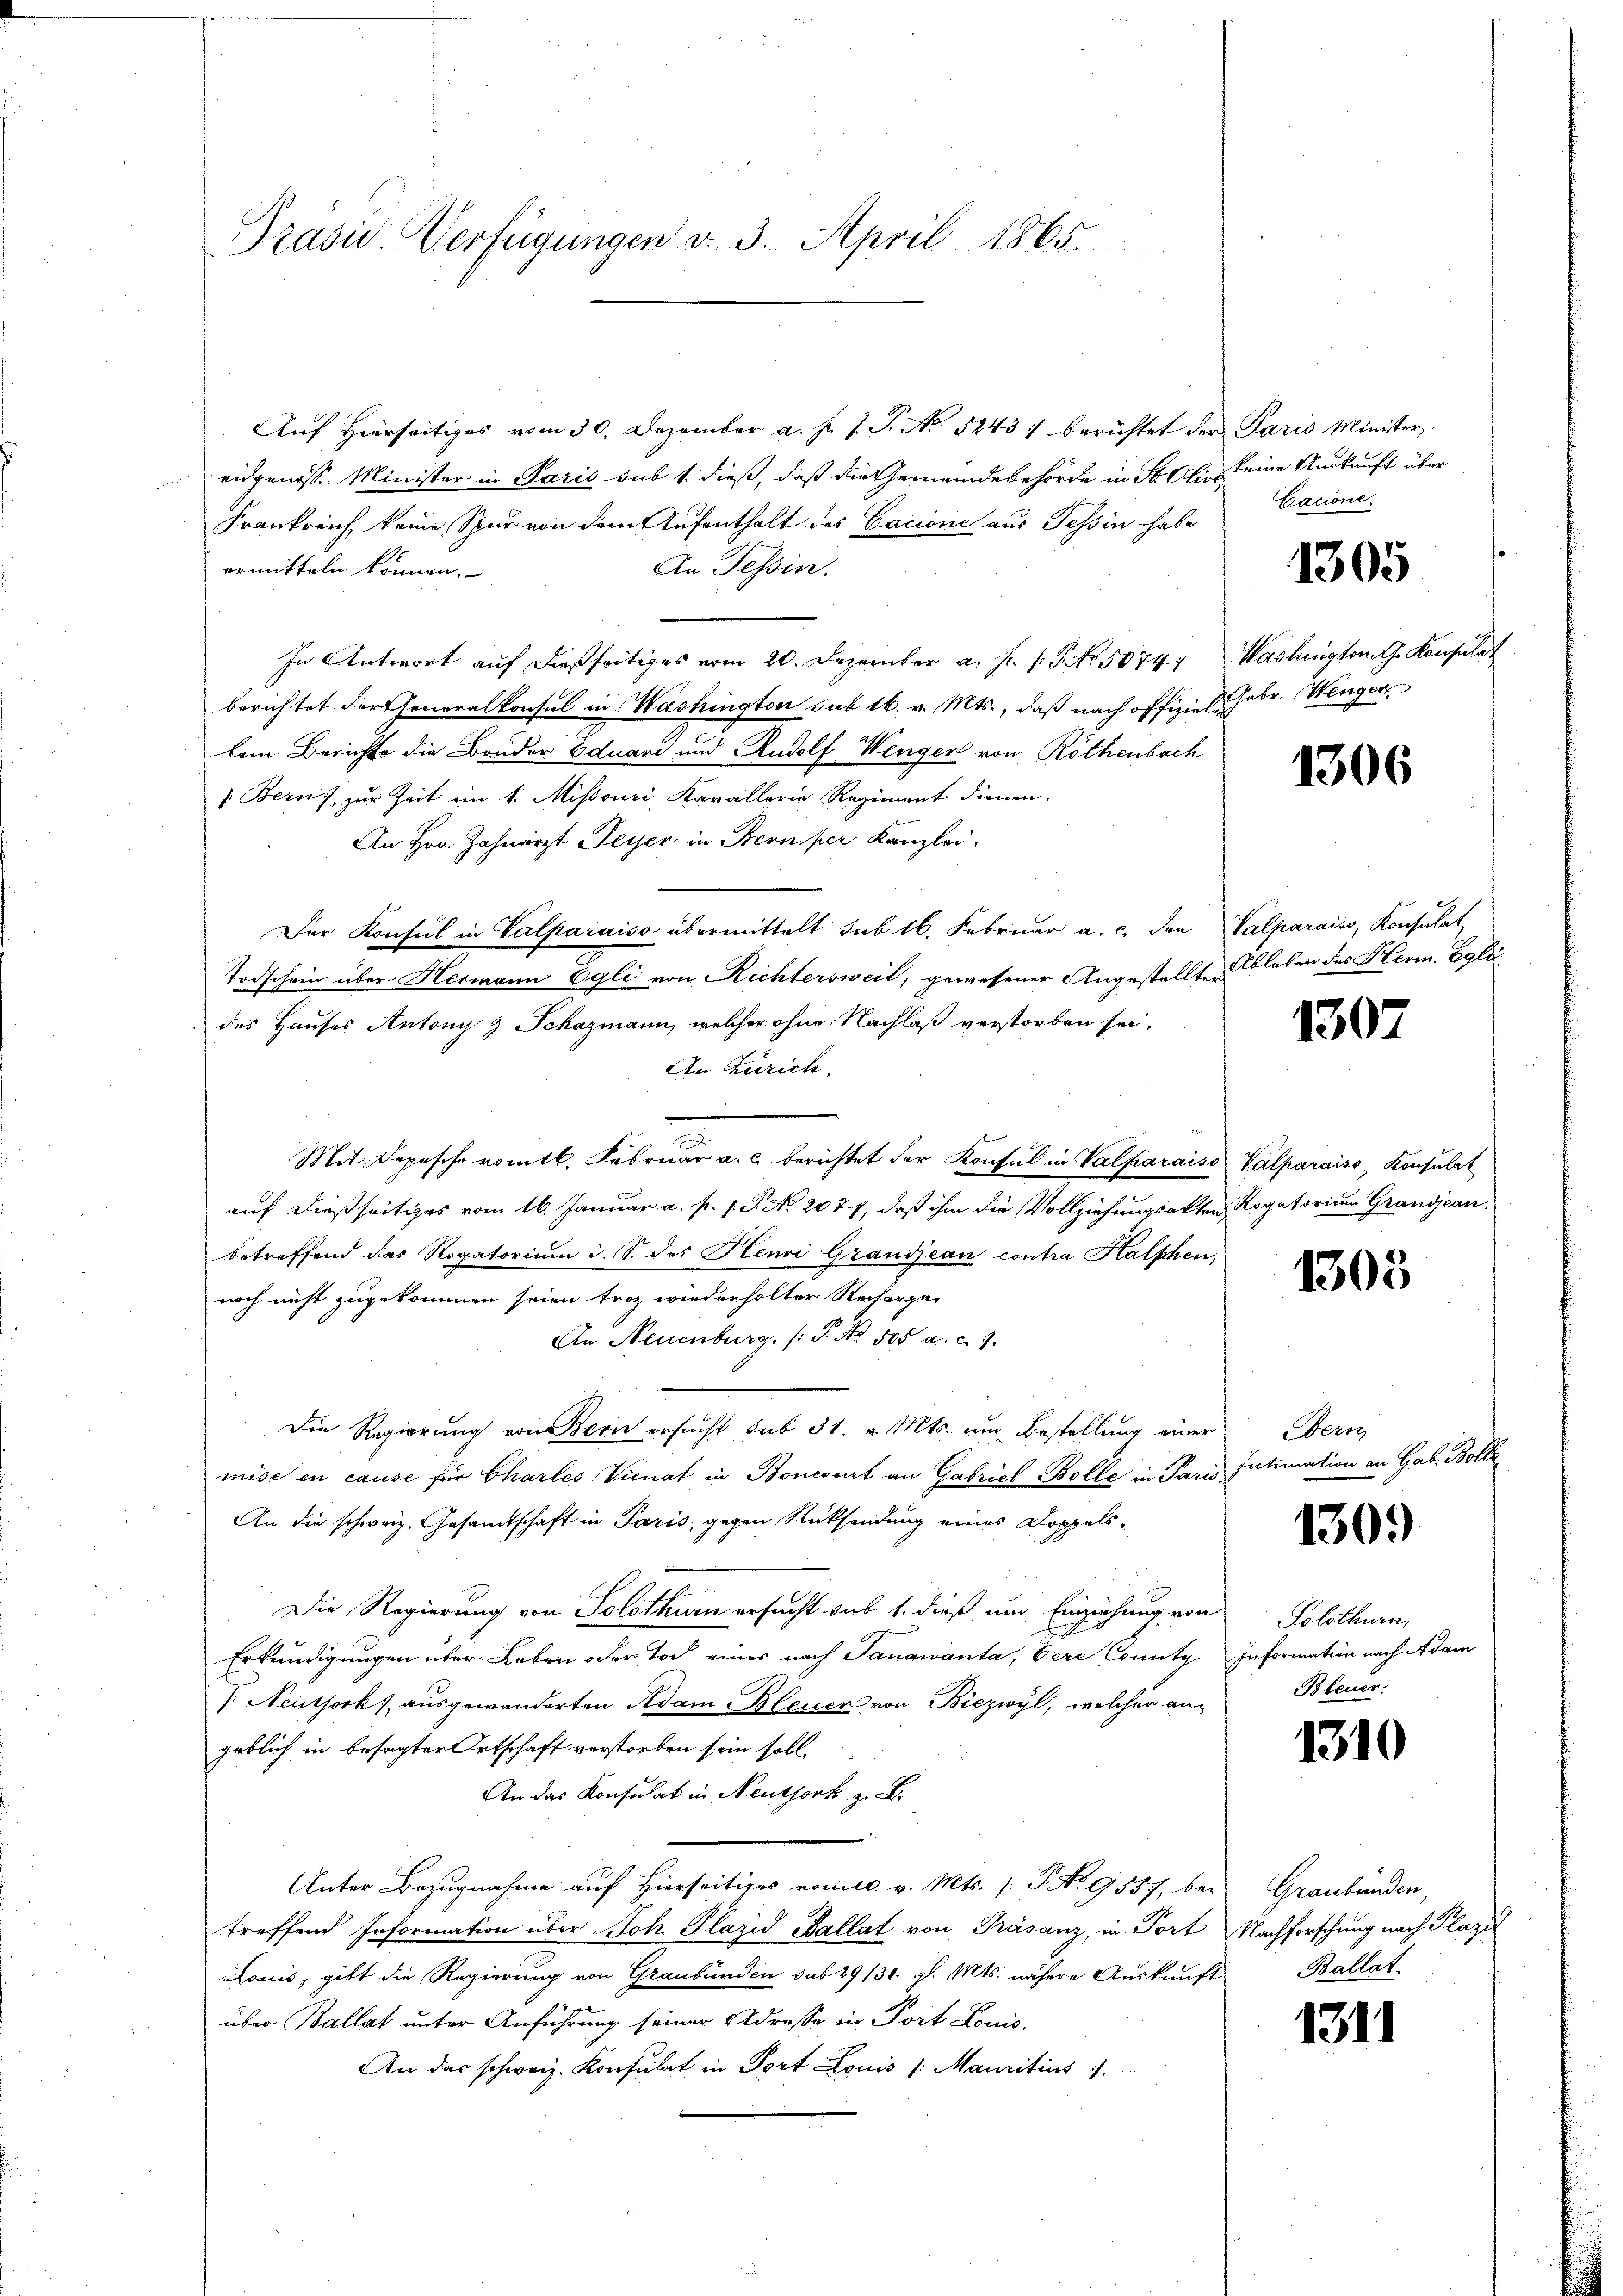
Präsid. Verfügungen v. 3. April 1865.

Auf hierseitiges vom 30. Dezember a. f. J. J. No 5243) berichtet der Paris Minister,
eidgenosse Minister in Paris sub 1. dieß, daß die Gemeindebehörde in St. Ali keine Auskunft über
Frankreich keine Spur von dem Aufenthalt des Cacione aus Tessin habe
An Tessin.
ermitteln können.
In Antwort auf dießseitiges vom 20. Dezember a. f. (T. No. 50741
berichtet der Generalkonsul in Washington sub 16. v. Mts., daß nach offiziel. Febr. Wenger
lem Berichts die Bruder Eduard und Rudolf Wenger von Röthenbach,
+ Bern, zur Zeit ein 1. Misouri Kavallerie Regiment dienen.
An Hrn. Zahnarzt Feyer in Bern per Kanzlei.
Der Konsul in Valparaiso übermittelt sub 16. Februar a. c. den Valparais, Konsulat
Todschein über Hermann Egli von Richtersweil, gewesener Angestellter
des Hauses Antrag & Schazmann, welcher ohne Nachlaß verstorben sei.
An Zürich.
Mit Depesche romtl. Februar a. c. berichtet der Konsul in Valparaiso
auf dießseitiges vom 16. Januar a. p. 1. P. No. 2077, daß ihm die Vollziehungsakten,
betreffend das Rogatorium i. S. des Henri Grandjean contra Halphen,
noch nicht zugekommen seien froh wiederholter Recharge-
An Neuenburg. (: P. No. 505 a. c. 7.
Die Regierung von Bern ersucht sub 31. v. Mts. um Bestellung einer
mise en cause für Chartes Vicnat in Boncourt an Gabriel-Bolle in Paris
An die schweiz. Gesandtschaft in Paris, gegen Rücksendung eines Doppels¬
Die Regierung von Solothurn ersucht sub 1. dieß um Einziehung von
Erkundigungen über Leben oder Tod eines nach Tanawanta, Eere County
/: Neuthork, ausgewanderten Adam Bleuer von Biezwyl, welcher angeblich in besagter Ortschaft verstorben sein soll.
An das Konsulat in Neuthork z. B.
Unter Bezugnahme auf Hierseitiges vomtl. v. Mts. (T. No 955, be-
treffend Information über Joh. Plazid Ballat von Präsanz, in Tort
Lonis, gibt die Regierung von Graubünden sub 29131. gl. Mts. nähere Aŭskŭnft Ballat
über Ballat unter Anführung seiner Adresse in Port Louis
An das schweiz. Konsulat in Port Louis /: Mauritius

Cacione.

1305

Washington G. Konsulat

1306

Ableben des Herm. Egli

1307

Valparaiso Konsulat
Rogatorium Grandjean,

1305

Bern
Intimation an Gab. Boli

1309)

Solothurn,
Information nach Adam
Bteuer,

1310

Graubünden,
Nachforschung nach Plazi

1311